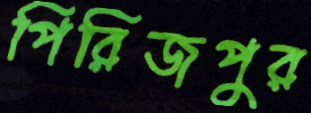
পিরিজপুর